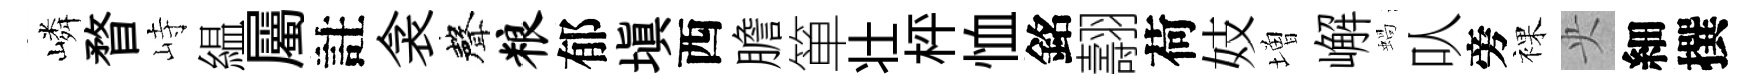
嶙瞀峙緼屬註衾聲粮郁塡西膽箪壮枰恤銘翿荷妓増嶰蝸㕥旁裸央細撰